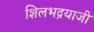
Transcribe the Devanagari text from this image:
शिलभद्रयाजी